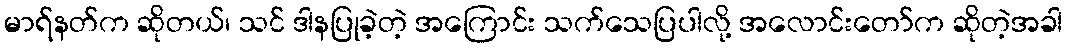
မာရ်နတ်က ဆိုတယ်၊ သင် ဒါနပြုခဲ့တဲ့ အကြောင်း သက်သေပြပါလို့ အလောင်းတော်က ဆိုတဲ့အခါ